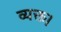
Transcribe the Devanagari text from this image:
व्यक्त।